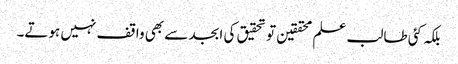
بلکہ کئی طالب علم محققین تو تحقیق کی ابجد سے بھی واقف نہیں ہوتے۔